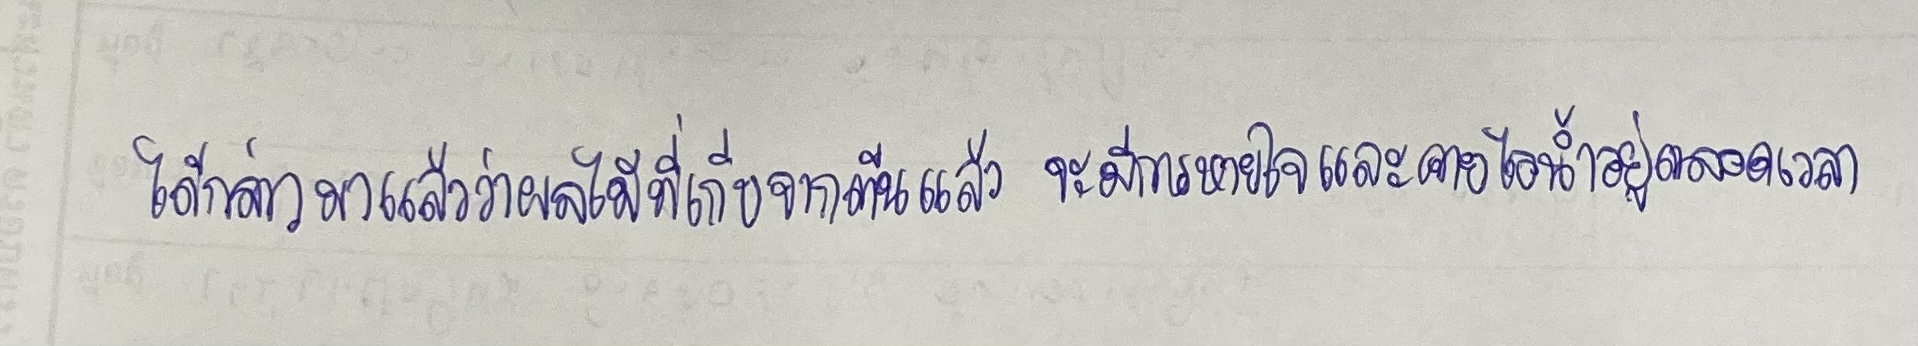
ได้กล่าวมาแล้วว่าผลไม้ที่เก็บจากต้นแล้วจะมีการหายใจและคายไอน้ำอยู่ตลอดเวลา